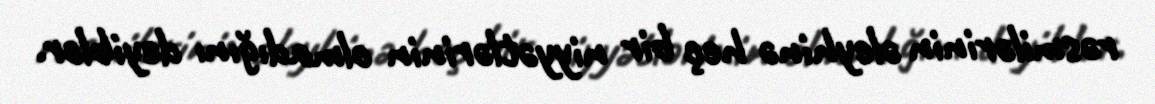
rəsmilərinin əleyhinə heç bir niyyətlərinin olmadığını deyiblər.